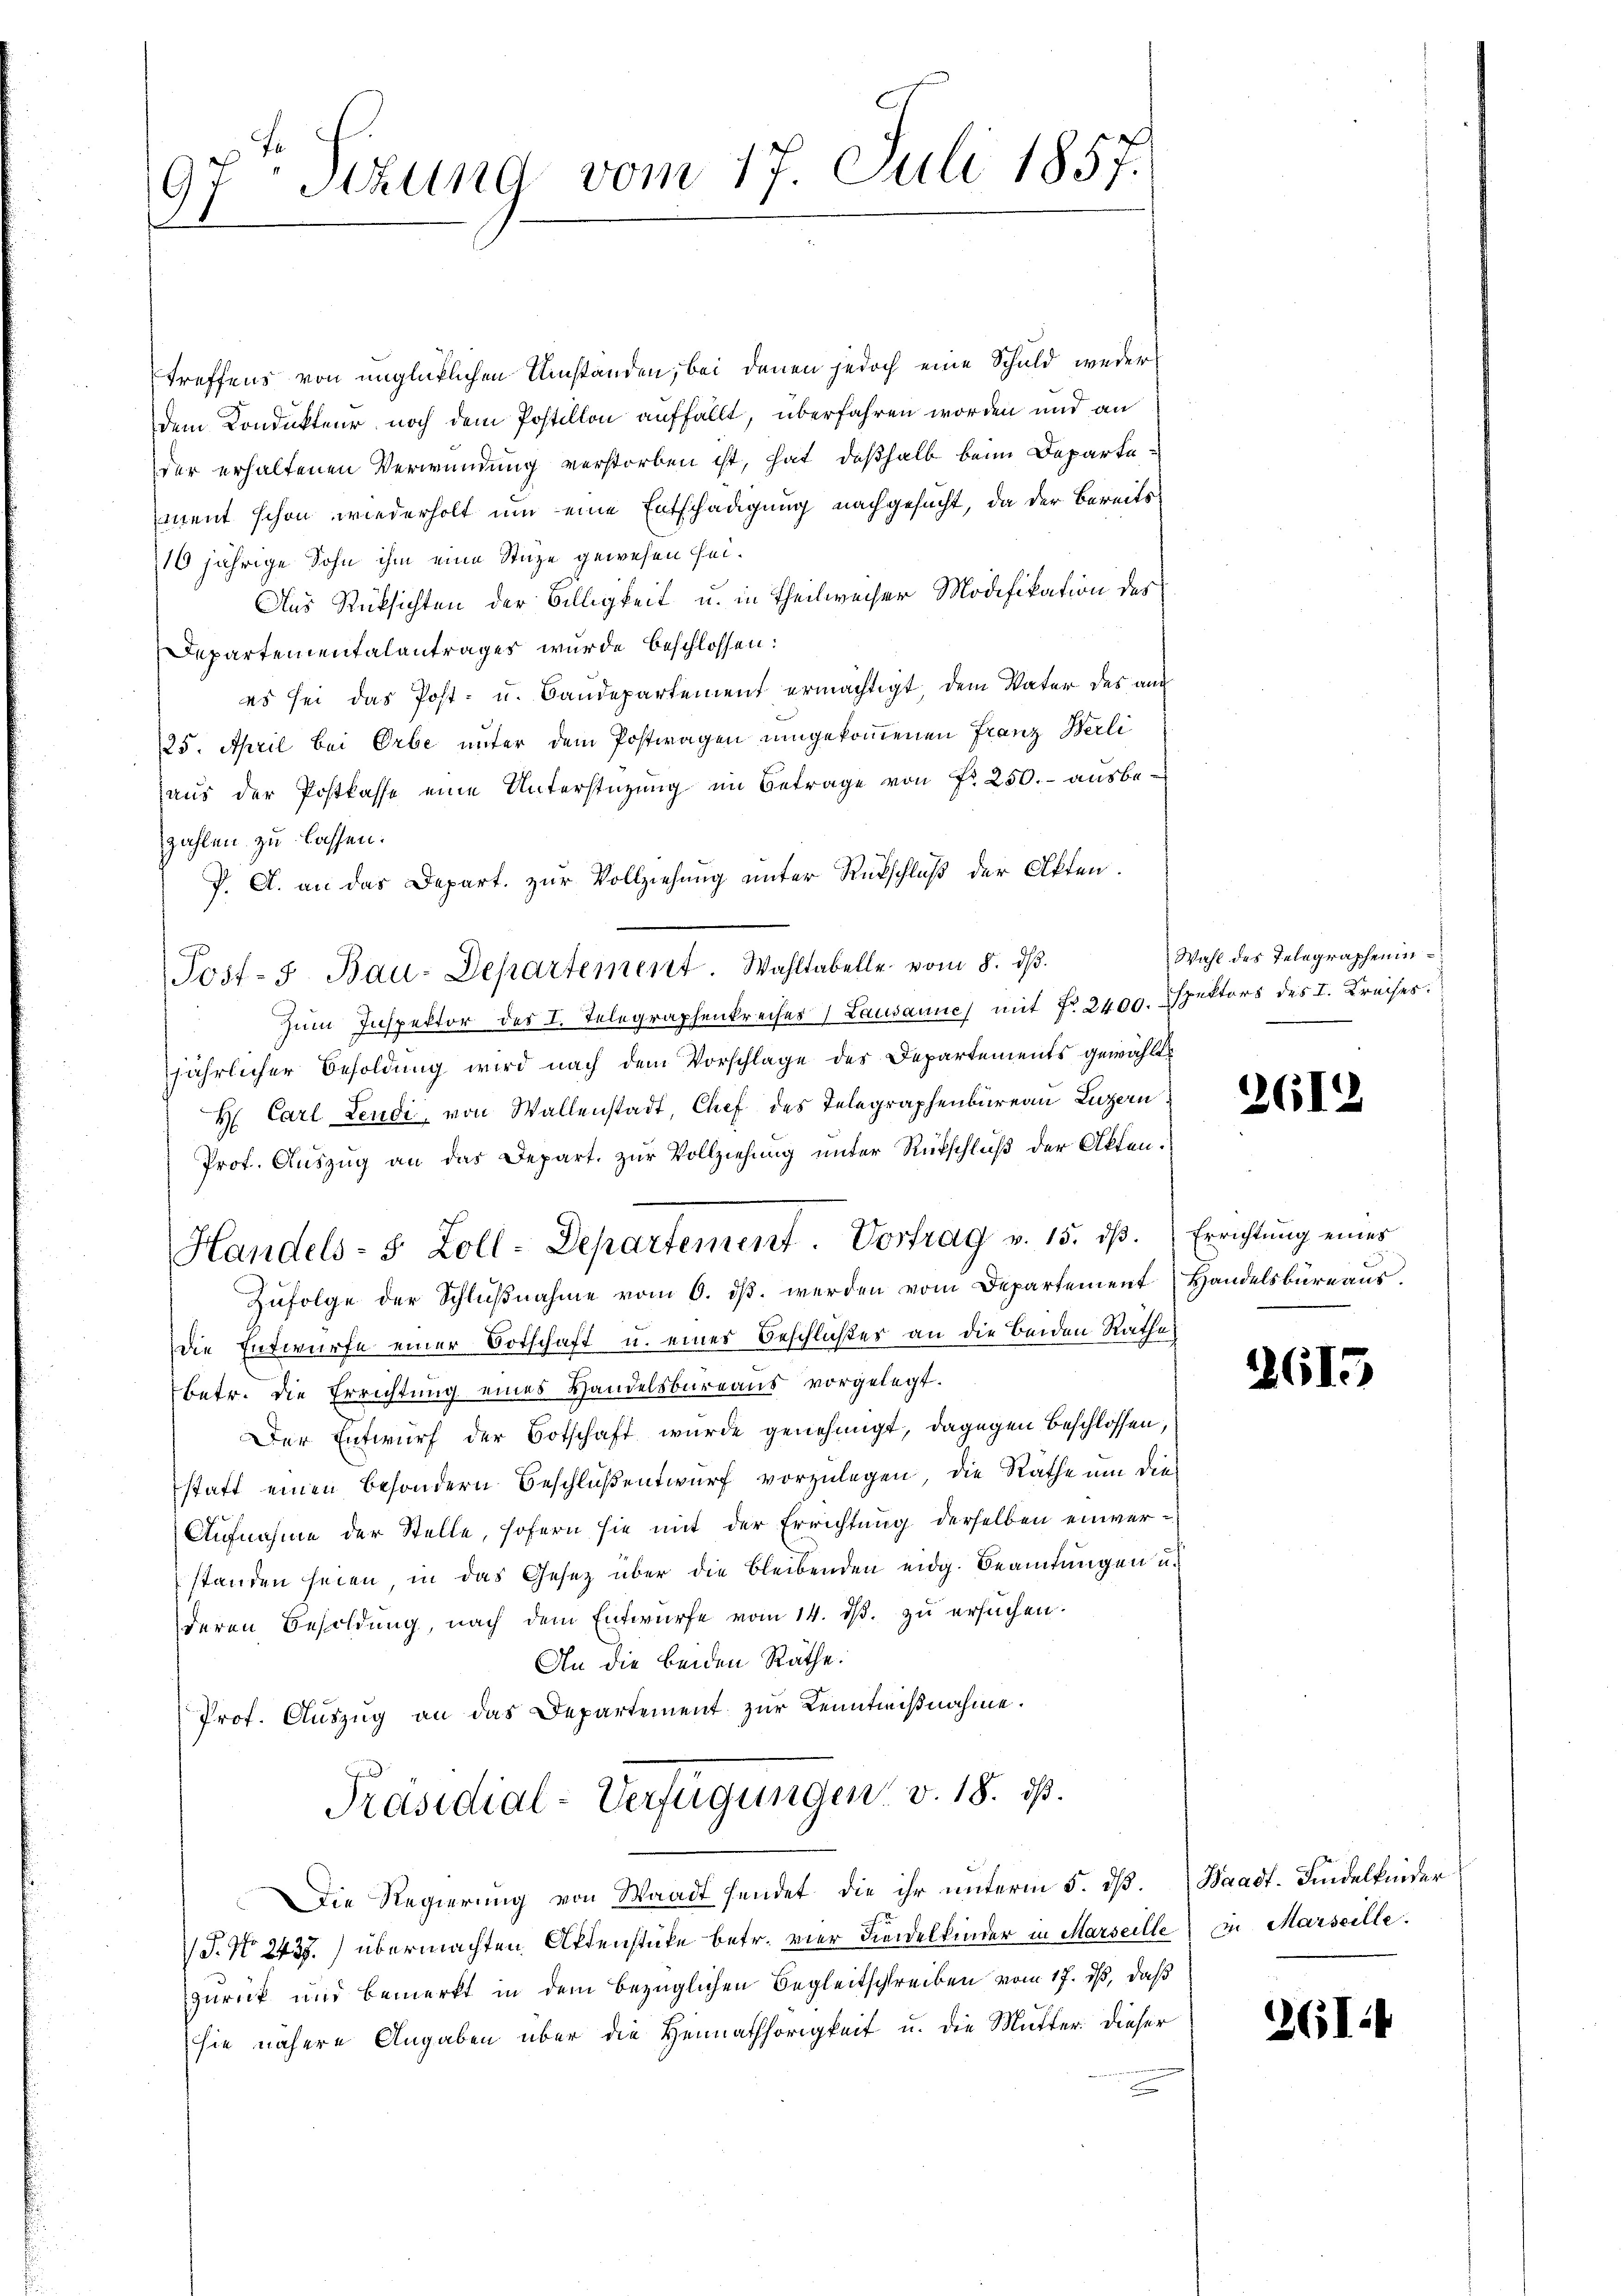
97 Sizung vom 17. Juli 1857.

treffens von unglücklichen Umständen, bei denen jedoch eine Schuld weder
dem Kondukteur noch dem Postillon auffällt, überfahren worden und an
der erhaltenen Verwundung verstorben ist, hat deßhalb beim Departement schon wiederholt um eine Entschädigung nachgesucht, da der Bereits¬
16 jährige Sohn ihm eine Stuze gewesen sei¬
Aus Rücksichten der Billigkeit u. in Theilweiser Modifikation des
Departementalantrages wurde beschlossen:
es sei das Post- u. Baudepartement ermächtigt, dem Vater des auc
/25. April bei Orbe unter dem Postwagen umgekommenen Franz Berli
aus der Postkasse eine Unterstützung im Betrage von Fr. 250.- ausbezahlen zu lassen.
V. A. an das Depart. zur Vollziehung unter Rückschluß der Akten.
Zum Inspektor des I. Telegraphenkreises Lausanne mit No. 2400. Dspektors des I. Kreises.
jährlicher Besoldung wird nach dem Vorschlage des Departements gewählt
H. Carl Leudi, von Wallenstadt, Chef des Telegraphenbureau Luzern
Prof. Auszug an das Depart. zur Vollziehung unter Rückschluß der Akten¬
Handels- 8 Zoll-Departement. Vortrag v. 15. dβ. Errichtung eines
Zŭfolge der Schlŭβnahme vom 6. dβ. werden vom Departement Handelsbureaus.
Die Entwurfe einer Botschaft u. eines Beschlißer an die beiden Rathe
betr. die Errichtung eines Handelsbureaus vorgelegt.
Der Entwurf der Botschaft wurde genehmigt, dagegen Beschlossen,
statt einen besondern Beschluß entwurf vorzulegen, die Räthe um die
Aufnahme der Stelle, sofern sie mit der Errichtung derselben einverstanden seien, in das Gesetz über die bleibenden eidg. Beamtŭngen u.
deren Besoldung, nach dem Entwürfe vom 14. dβ. zŭ ersuchen.
An die beiden Räthe:
Prof. Auszug an das Departement zur Kenntnißnahme.
Präsidial-Verfügungen v. 18. ds.
Die Regierung von Waadt sendet, die ihr ŭnterm 5. dβ. (Waadt. Findelkinder
J. No. 2435.) übermachten Aktenstücke betr. vier Liedelkinder in Marseille in Marseille.
zurück und bemerkt in dem bezüglichen Begleitschreiben vom 17. ds, daß
sie nähere Angaben über die Heimathörigkeit u. die Mutter. Dieser

Post-S. Bau-Departement. Wahltabelle vom 8. ds.

Wahl des Telegraphenin¬

2612

2615

2614